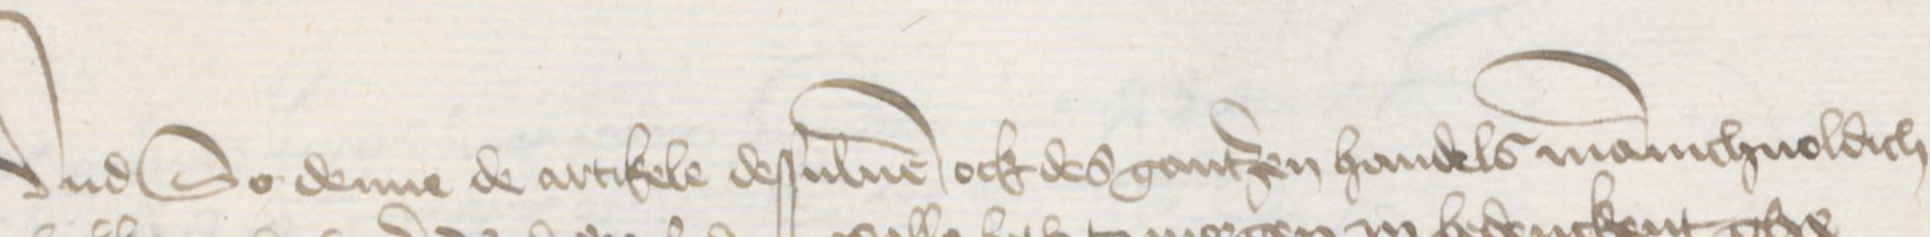
Transcription: Vnd So denne de artikele desuluen ock des gantzen handels manichuoldich